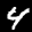
Label: 4